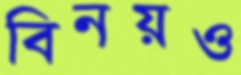
বিনয়ও